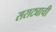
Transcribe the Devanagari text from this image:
सराट्याची